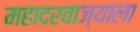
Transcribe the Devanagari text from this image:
महादरवाज्याला